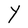
Character: Y